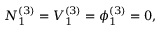
N _ { 1 } ^ { ( 3 ) } = V _ { 1 } ^ { ( 3 ) } = \phi _ { 1 } ^ { ( 3 ) } = 0 ,